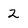
Character: 2